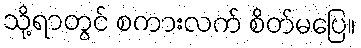
သို့ရာတွင် စကားလက် စိတ်မပြေ။